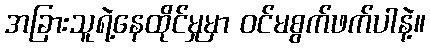
အခြားသူရဲ့နေထိုင်မှုမှာ ဝင်မစွက်ဖက်ပါနဲ့။